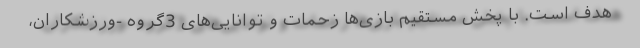
هدف است. با پخش مستقیم بازی‌ها زحمات و توانایی‌های 3گروه -ورزشکاران،